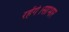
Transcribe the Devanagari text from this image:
रहेंगे।साभार